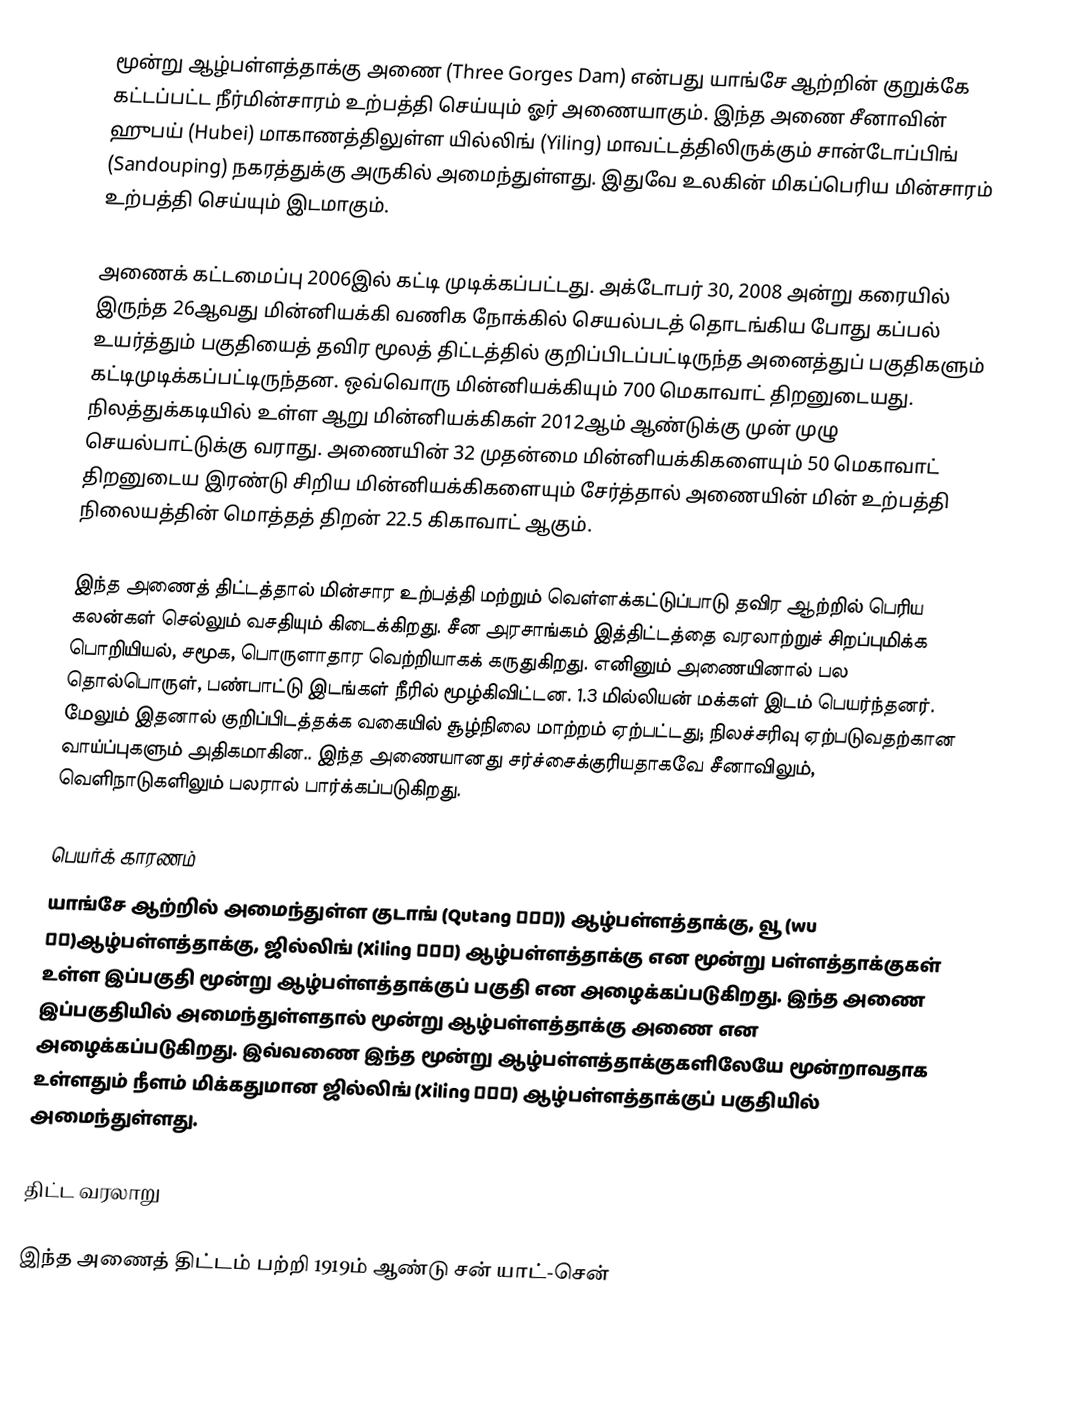
மூன்று ஆழ்பள்ளத்தாக்கு அணை (Three Gorges Dam) என்பது யாங்சே ஆற்றின் குறுக்கே கட்டப்பட்ட நீர்மின்சாரம் உற்பத்தி செய்யும் ஓர் அணையாகும். இந்த அணை சீனாவின் ஹுபய் (Hubei) மாகாணத்திலுள்ள யில்லிங் (Yiling) மாவட்டத்திலிருக்கும் சான்டோப்பிங் (Sandouping) நகரத்துக்கு அருகில் அமைந்துள்ளது. இதுவே உலகின் மிகப்பெரிய மின்சாரம் உற்பத்தி செய்யும் இடமாகும்.

அணைக் கட்டமைப்பு 2006இல் கட்டி முடிக்கப்பட்டது. அக்டோபர் 30, 2008 அன்று கரையில் இருந்த 26ஆவது மின்னியக்கி வணிக நோக்கில் செயல்படத் தொடங்கிய போது கப்பல் உயர்த்தும் பகுதியைத் தவிர மூலத் திட்டத்தில் குறிப்பிடப்பட்டிருந்த அனைத்துப் பகுதிகளும் கட்டிமுடிக்கப்பட்டிருந்தன. ஒவ்வொரு மின்னியக்கியும் 700 மெகாவாட் திறனுடையது. நிலத்துக்கடியில் உள்ள ஆறு மின்னியக்கி்கள் 2012ஆம் ஆண்டுக்கு முன் முழு செயல்பாட்டுக்கு வராது. அணையின் 32 முதன்மை மின்னியக்கிகளையும் 50 மெகாவாட் திறனுடைய இரண்டு சிறிய மின்னியக்கிகளையும் சேர்த்தால் அணையின் மின் உற்பத்தி நிலையத்தின் மொத்தத் திறன் 22.5 கிகாவாட் ஆகும்.

இந்த அணைத் திட்டத்தால் மின்சார உற்பத்தி மற்றும் வெள்ளக்கட்டுப்பாடு தவிர ஆற்றில் பெரிய கலன்கள் செல்லும் வசதியும் கிடைக்கிறது. சீன அரசாங்கம் இத்திட்டத்தை வரலாற்றுச் சிறப்புமிக்க பொறியியல், சமூக, பொருளாதார வெற்றியாகக் கருதுகிறது. எனினும் அணையினால் பல தொல்பொருள், பண்பாட்டு இடங்கள் நீரில் மூழ்கிவிட்டன. 1.3 மில்லியன் மக்கள் இடம் பெயர்ந்தனர். மேலும் இதனால் குறிப்பிடத்தக்க வகையில் சூழ்நிலை மாற்றம் ஏற்பட்டது; நிலச்சரிவு ஏற்படுவதற்கான வாய்ப்புகளும் அதிகமாகின.. இந்த அணையானது சர்ச்சைக்குரியதாகவே சீனாவிலும், வெளிநாடுகளிலும் பலரால் பார்க்கப்படுகிறது.

பெயர்க் காரணம்
யாங்சே ஆற்றில் அமைந்துள்ள குடாங் (Qutang 瞿塘峡)) ஆழ்பள்ளத்தாக்கு, வூ (wu 巫峡)ஆழ்பள்ளத்தாக்கு, ஜில்லிங் (Xiling 西陵峡) ஆழ்பள்ளத்தாக்கு என மூன்று பள்ளத்தாக்குகள் உள்ள இப்பகுதி மூன்று ஆழ்பள்ளத்தாக்குப் பகுதி என அழைக்கப்படுகிறது. இந்த அணை இப்பகுதியில் அமைந்துள்ளதால் மூன்று ஆழ்பள்ளத்தாக்கு அணை என அழைக்கப்படுகிறது. இவ்வணை இந்த மூன்று ஆழ்பள்ளத்தாக்குகளிலேயே மூன்றாவதாக உள்ளதும் நீளம் மிக்கதுமான ஜில்லிங் (Xiling 西陵峡) ஆழ்பள்ளத்தாக்குப் பகுதியில் அமைந்துள்ளது.

திட்ட வரலாறு

இந்த அணைத் திட்டம் பற்றி 1919ம் ஆண்டு சன் யாட்-சென்